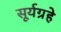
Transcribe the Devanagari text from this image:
सूर्यग्रहे